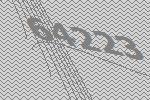
64223